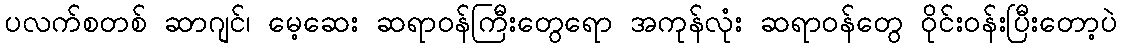
ပလက်စတစ် ဆာဂျင်၊ မေ့ဆေး ဆရာဝန်ကြီးတွေရော အကုန်လုံး ဆရာဝန်တွေ ဝိုင်းဝန်းပြီးတော့ပဲ